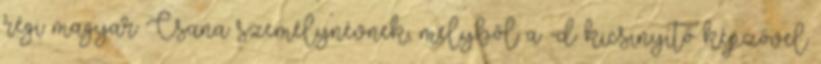
régi magyar Csana személynévnek, melyből a -d kicsinyítő képzővel